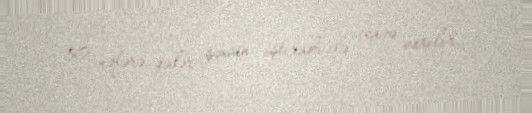
50 nəfərə qədər şəxsin iştirakı ilə icazə verilir.